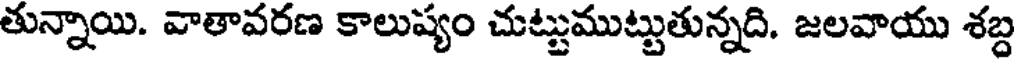
తున్నాయి. వాతావరణ కాలుష్యం చుట్టుముట్టుతున్నది. జలవాయు శబ్ద